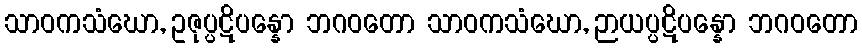
သာဝကသံဃော, ဥဇုပ္ပဋိပန္နော ဘဂဝတော သာဝကသံဃော, ဉာယပ္ပဋိပန္နော ဘဂဝတော